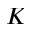
K